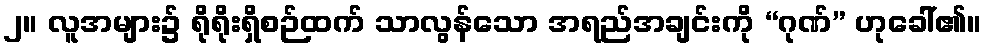
၂။ လူအများ၌ ရိုရိုးရှိစဉ်ထက် သာလွန်သော အရည်အချင်းကို “ဂုဏ်” ဟုခေါ်၏။